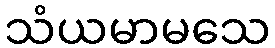
သံယမာမသေ